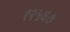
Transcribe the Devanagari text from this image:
१२५६७